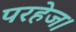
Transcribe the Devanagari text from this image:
परहेज।